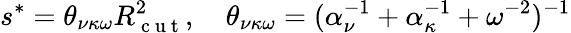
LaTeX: s^{*}=\theta_{\nu\kappa\omega}R_{\mathrm{~c~u~t~}}^{2},\quad\theta_{\nu\kappa\omega}=(\alpha_{\nu}^{-1}+\alpha_{\kappa}^{-1}+\omega^{-2})^{-1}